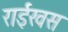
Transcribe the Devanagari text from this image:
राईखस